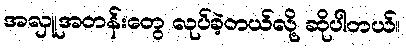
အလှူအတန်းတွေ လုပ်ခဲ့တယ်လို့ ဆိုပါတယ်။